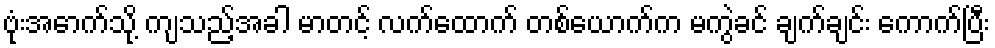
ဗုံးအောက်သို့ ကျသည့်အခါ မာတင့် လက်ထောက် တစ်ယောက်က မကွဲခင် ချက်ချင်း ကောက်ပြီး